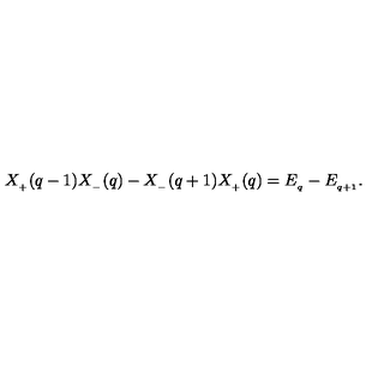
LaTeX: X _ { _ { + } } ( q - 1 ) X _ { _ { - } } ( q ) - X _ { _ { - } } ( q + 1 ) X _ { _ { + } } ( q ) = E _ { _ q } - E _ { _ { q + 1 } } .